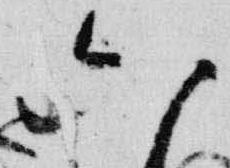
六